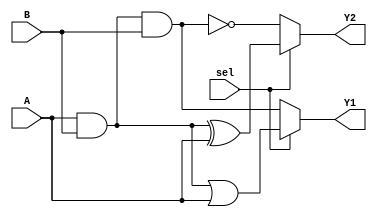
module comb_logic_block (
    input wire [3:0] A,  // 4-bit input A
    input wire [3:0] B,  // 4-bit input B
    input wire sel,       // Control signal for multiplexer
    output wire [3:0] Y1, // Output for Function 1
    output wire [3:0] Y2  // Output for Function 2
);

    // Shared logic terms
    wire [3:0] shared_logic; // This can be a shared logic path based on A and B

    // Example of shared logic (common subexpression)
    assign shared_logic = A & B; // Example: AND operation shared for both outputs

    // Output Function 1
    assign Y1 = (sel) ? (shared_logic | A) : (shared_logic & B); // Reuse shared logic

    // Output Function 2
    assign Y2 = (sel) ? (shared_logic ^ A) : (shared_logic ~& B); // Reuse shared logic

endmodule